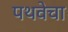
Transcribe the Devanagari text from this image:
पथवेचा